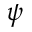
\psi